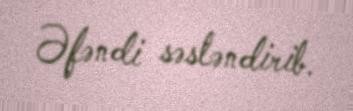
Əfəndi səsləndirib.